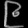
Digit: ၉